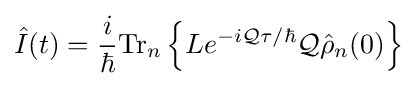
{\hat {I}}(t)={\frac {i}{\hbar }}{\text{Tr}}_{n}\left\{Le^{-i{\mathcal {Q}}\tau /\hbar }{\mathcal {Q}}{\hat {\rho }}_{n}(0)\right\}